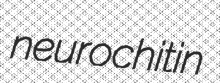
neurochitin